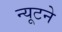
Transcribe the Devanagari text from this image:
न्यूटने